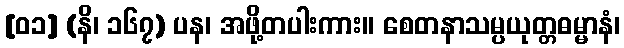
[၀၁] (နိ၊ ၁၆၇) ပန၊ အဖို့တပါးကား။ စေတနာသမ္ပယုတ္တဓမ္မာနံ၊